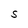
Character: S